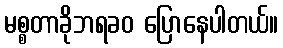
မစ္စတာခိုဘရခဝ ပြောနေပါတယ်။